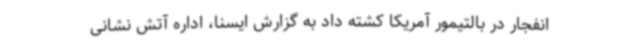
انفجار در بالتیمور آمریکا کشته داد به گزارش ایسنا، اداره آتش نشانی